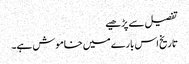
تفصیل سے پڑھیے
تاریخ اس بارے میں خاموش ہے۔